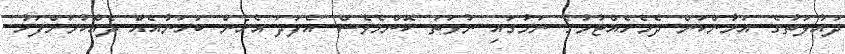
ދައުލަތުގެ އަމާންކަން ދެމެހެއްޓުމުގެ ނަމުގައި ނުވަތަ ކޮންމެވެސް އެފަދަ އެހެން ބަހަނާއެއް ދެއްކުމަށްފަހު